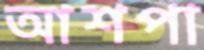
আশপা